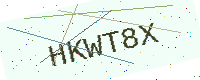
Text: HKWT8X